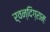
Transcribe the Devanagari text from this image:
र्वन्दिग्रामः